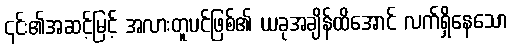
၎င်း၏အဆင့်မြင့် အလားတူပင်ဖြစ်၏ ယခုအချိန်ထိအောင် လက်ရှိနေသော